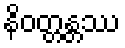
နိဝတ္တန္တဿ